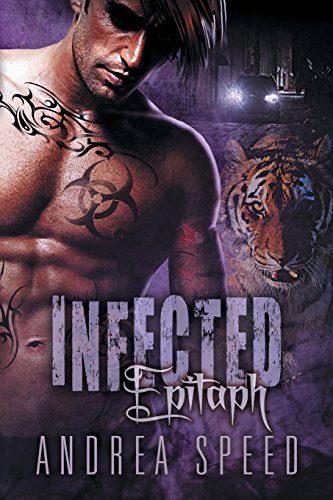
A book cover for Infected: Epitaph; Andrea Speed; Romance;